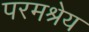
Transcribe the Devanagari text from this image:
परमश्रेय